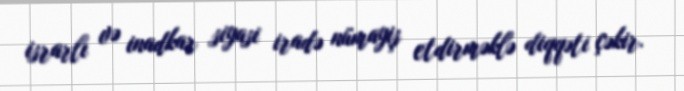
israrlı və inadkar siyasi iradə nümayiş etdirməklə diqqəti çəkir.